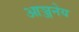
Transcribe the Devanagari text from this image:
आञ्जनेय